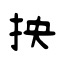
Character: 抰